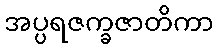
အပ္ပရဇက္ခဇာတိကာ